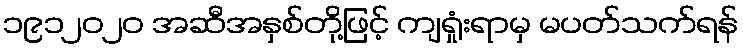
၁၉၁၂၀၂၀ အဆီအနှစ်တို့ဖြင့် ကျရှုံးရာမှ မပတ်သက်ရန်